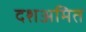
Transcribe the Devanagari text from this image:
दशअमित